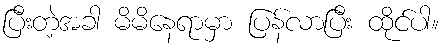
ပြီးတဲ့အခါ မိမိနေရာမှာ ပြန်လာပြီး ထိုင်ပါ။